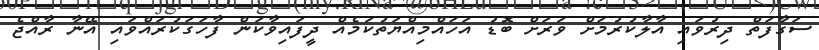
ސަގާފަތް ދިރުވައި އާލާކުރުމަށް ވަރަށް ބޮޑު އަހައްމިއްޔަތުކަމެއް ދީފައިވާކަން ފާހަގަކުރައްވައި އޭނާ ރާއްޖެ